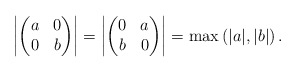
\begin{align*}\left|\begin{pmatrix}a&0 \\ 0&b\end{pmatrix}\right|=\left|\begin{pmatrix}0&a \\ b&0\end{pmatrix}\right|= \max{(|a|,|b|)}\,.\end{align*}